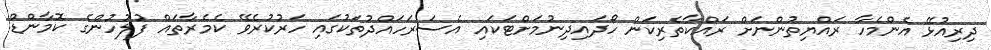
ދިރިއުޅޭ އެންމެހާ ރައްޔިތުންނަށް ރައްކާތެރިކަން ހޯދައިދިނުމަށްޓަކައި އެސަރަހައްދުތަކުގައި ހަރުކުރެވޭ ކެމެރާތައް ފުލުހުންގެ ކޮމާންޑް